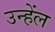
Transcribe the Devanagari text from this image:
उन्हेंल